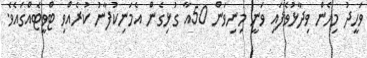
ވަހީދު މިހެން ވިދާޅުވެފައި ވަނީ މިނިވަން 50އާ ގުޅިގެން އެމަނިކުފާނު ކުރެއްވި ޓްވީޓެއްގައެވެ.